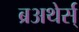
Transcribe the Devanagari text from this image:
ब्रअथेर्स्